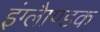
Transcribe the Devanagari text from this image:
इंग्लैाण्डक